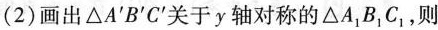
(2)画出\bigtriangleup A^{\prime}B^{\prime}C^{\prime}关于y轴对称的\bigtriangleup A_{1}B_{1}C_{1}，则